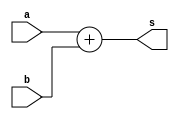
`timescale 1ns / 1ps
//////////////////////////////////////////////////////////////////////////////////
// Company: 
// Engineer: 
// 
// Design Name: 
// Module Name: adder
// Project Name: 
// Target Devices: 
// Tool Versions: 
// Description: 
// 
// Dependencies: 
// 
// Revision:
// Revision 0.01 - File Created
// Additional Comments:
// 
//////////////////////////////////////////////////////////////////////////////////


module adder(
input signed[15:0] a,
input signed[15:0] b,
output signed[16:0] s
    );
   assign s = a+b; 
endmodule